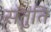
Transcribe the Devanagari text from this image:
संतुति